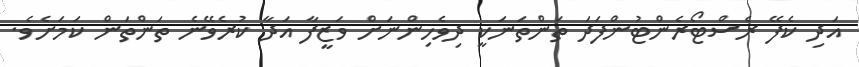
އަދި ކެފޭ ރެސްޓޯރެންޓުންފަދަ ތަންތަނަކީ ދިވެހިންނަށް ވަޒީފާ އަދާ ކުރެވޭނެ ތަންތަން ކަމަށެވެ.